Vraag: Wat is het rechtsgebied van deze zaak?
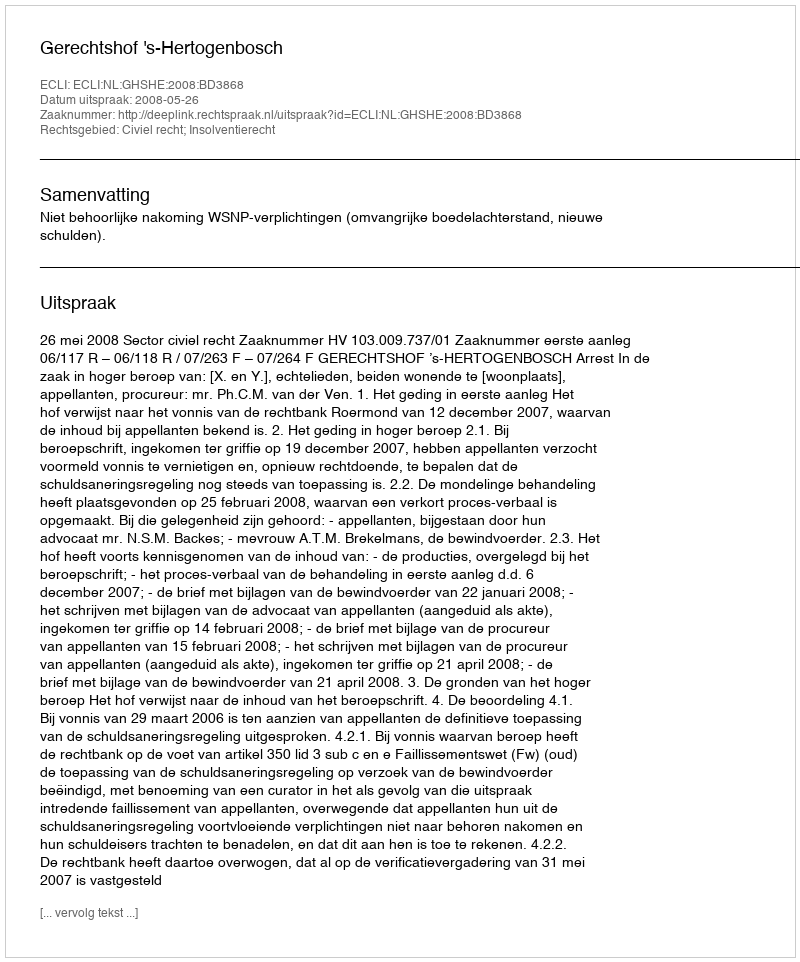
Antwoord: Civiel recht; Insolventierecht